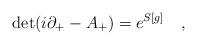
LaTeX: \begin{align*}{\rm det}(i \partial_{+} -A_{+} )=e^{S[g]} \quad,\end{align*}